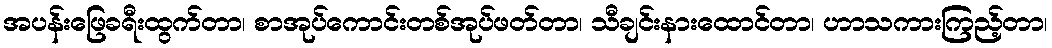
အပန်းဖြေခရီးထွက်တာ၊ စာအုပ်ကောင်းတစ်အုပ်ဖတ်တာ၊ သီချင်းနားထောင်တာ၊ ဟာသကားကြည့်တာ၊